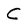
Character: C